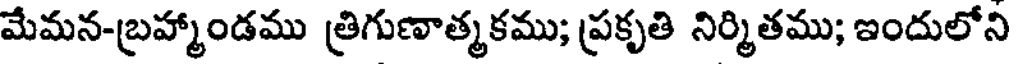
మేమన-బ్రహ్మాండము త్రిగుణాత్మకము; ప్రకృతి నిర్మితము; ఇందులోని